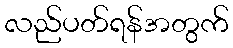
လည်ပတ်ရန်အတွက်